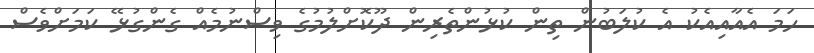
ހަމަ އެއާއިއެކު އެ ކުލަބުން ތިން ކުޅުންތެރިން ދޫކޮށްލުމުގެ ވިސްނުމެއް ގެންގުޅޭ ކަމަށްވެސް